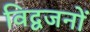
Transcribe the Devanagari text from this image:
विद्वजनों